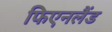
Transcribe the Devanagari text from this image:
फिएनलैंड